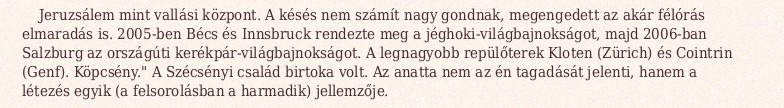
Jeruzsálem mint vallási központ. A késés nem számít nagy gondnak, megengedett az akár félórás elmaradás is. 2005-ben Bécs és Innsbruck rendezte meg a jéghoki-világbajnokságot, majd 2006-ban Salzburg az országúti kerékpár-világbajnokságot. A legnagyobb repülőterek Kloten (Zürich) és Cointrin (Genf). Köpcsény." A Szécsényi család birtoka volt. Az anatta nem az én tagadását jelenti, hanem a létezés egyik (a felsorolásban a harmadik) jellemzője.